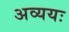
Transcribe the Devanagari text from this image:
अव्ययः